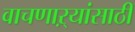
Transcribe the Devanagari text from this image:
वाचणाऱ्यांसाठी